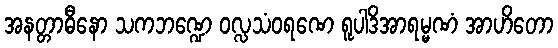
အနတ္တာဓီနော သကဘဏ္ဍေ ဝလ္လသံဝရဏေ ရူပါဒိအာရမ္မဏံ အာဟိတော